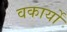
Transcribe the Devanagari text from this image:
वकार्यों